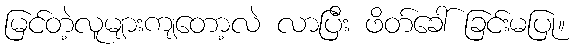
မြင်တဲ့လူများကျတော့လဲ လာပြီး ဖိတ်ခေါ် ခြင်းမပြု။